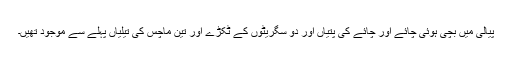
پیالی میں بچی ہوئی چائے اور چائے کی پتیاں اور دو سگریٹوں کے ٹکڑے اور تین ماچس کی تیلیاں پہلے سے موجود تھیں۔